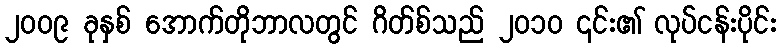
၂၀၀၉ ခုနှစ် အောက်တိုဘာလတွင် ဂိတ်စ်သည် ၂၀၁၀ ၎င်း၏ လုပ်ငန်းပိုင်း